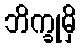
ဘိက္ခုမှိ